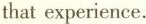
that experience.